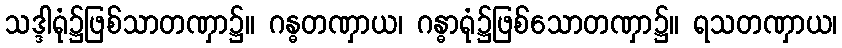
သဒ္ဒါရုံ၌ဖြစ်သာတဏှာ၌။ ဂန္ဓတဏှာယ၊ ဂန္ဓာရုံ၌ဖြစ်သောတဏှာ၌။ ရသတဏှာယ၊